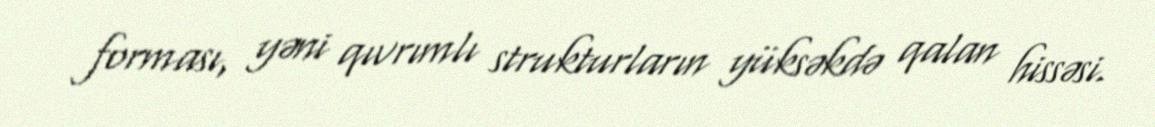
forması, yəni qıvrımlı strukturların yüksəkdə qalan hissəsi.